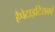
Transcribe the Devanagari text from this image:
हैपेटाइटिसको